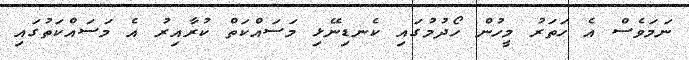
ނަމަވެސް އެ ހަތަރު މީހުން ހޯދުމުގައި ކެނޑިނޭޅި މަސައްކަތް ކުރާއިރު އެ މަސައްކަތުގައި